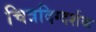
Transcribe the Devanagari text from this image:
चित्रदिग्दर्शक